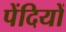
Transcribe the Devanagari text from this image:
पेंदियों